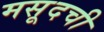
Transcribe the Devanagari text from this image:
मसूदची